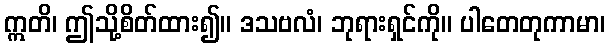
ဣတိ၊ ဤသို့စိတ်ထား၍။ ဒသဗလံ၊ ဘုရားရှင်ကို။ ပါတေတုကာမာ၊